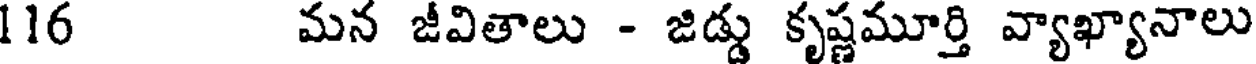
116 మన జీవితాలు - జిడ్డు కృష్ణమూర్తి వ్యాఖ్యానాలు